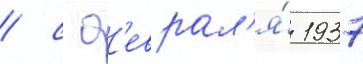
/ с ф'еврал'я́ 1937